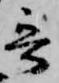
哥